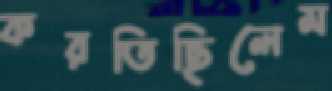
করতিছিলেম